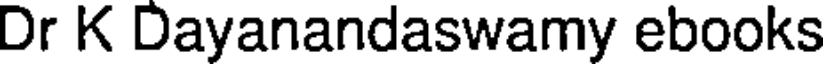
Dr K Dayanandaswamy ebooks